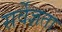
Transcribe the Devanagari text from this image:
सर्वेज्ञता